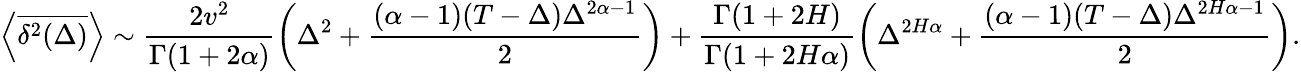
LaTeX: \left<\overline{{\delta^{2}(\Delta)}}\right>\sim\frac{2v^{2}}{\Gamma(1+2\alpha)}\left(\Delta^{2}+\frac{(\alpha-1)(T-\Delta)\Delta^{2\alpha-1}}{2}\right)+\frac{\Gamma(1+2H)}{\Gamma(1+2H\alpha)}\left(\Delta^{2H\alpha}+\frac{(\alpha-1)(T-\Delta)\Delta^{2H\alpha-1}}{2}\right).